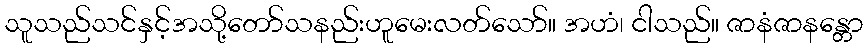
သူသည်သင်နှင့်အသို့တော်သနည်းဟူမေးလတ်သော်။ အဟံ၊ ငါသည်။ ဇာနံဇာနန္တော